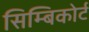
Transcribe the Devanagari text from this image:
सिम्बिकोर्ट